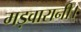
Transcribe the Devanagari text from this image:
मड़वारानी।